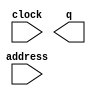
// megafunction wizard: %ROM: 1-PORT%VBB%
// GENERATION: STANDARD
// VERSION: WM1.0
// MODULE: altsyncram 

// ============================================================
// Megafunction Name(s):
// 			altsyncram
//
// Simulation Library Files(s):
// 			altera_mf
// ============================================================
// ************************************************************
// THIS IS A WIZARD-GENERATED FILE. DO NOT EDIT THIS FILE!
//
// 13.0.1 Build 232 06/12/2013 SP 1 SJ Web Edition
// ************************************************************

//Copyright (C) 1991-2013 Altera Corporation
//Your use of Altera Corporation's design tools, logic functions 
//and other software and tools, and its AMPP partner logic 
//functions, and any output files from any of the foregoing 
//(including device programming or simulation files), and any 
//associated documentation or information are expressly subject 
//to the terms and conditions of the Altera Program License 
//Subscription Agreement, Altera MegaCore Function License 
//Agreement, or other applicable license agreement, including, 
//without limitation, that your use is for the sole purpose of 
//programming logic devices manufactured by Altera and sold by 
//Altera or its authorized distributors.  Please refer to the 
//applicable agreement for further details.

module PRG_ROM (
	address,
	clock,
	q);

	input	[11:0]  address;
	input	  clock;
	output	[15:0]  q;
`ifndef ALTERA_RESERVED_QIS
// synopsys translate_off
`endif
	tri1	  clock;
`ifndef ALTERA_RESERVED_QIS
// synopsys translate_on
`endif

endmodule

// ============================================================
// CNX file retrieval info
// ============================================================
// Retrieval info: PRIVATE: ADDRESSSTALL_A NUMERIC "0"
// Retrieval info: PRIVATE: AclrAddr NUMERIC "0"
// Retrieval info: PRIVATE: AclrByte NUMERIC "0"
// Retrieval info: PRIVATE: AclrOutput NUMERIC "0"
// Retrieval info: PRIVATE: BYTE_ENABLE NUMERIC "0"
// Retrieval info: PRIVATE: BYTE_SIZE NUMERIC "8"
// Retrieval info: PRIVATE: BlankMemory NUMERIC "0"
// Retrieval info: PRIVATE: CLOCK_ENABLE_INPUT_A NUMERIC "0"
// Retrieval info: PRIVATE: CLOCK_ENABLE_OUTPUT_A NUMERIC "0"
// Retrieval info: PRIVATE: Clken NUMERIC "0"
// Retrieval info: PRIVATE: IMPLEMENT_IN_LES NUMERIC "0"
// Retrieval info: PRIVATE: INIT_FILE_LAYOUT STRING "PORT_A"
// Retrieval info: PRIVATE: INIT_TO_SIM_X NUMERIC "0"
// Retrieval info: PRIVATE: INTENDED_DEVICE_FAMILY STRING "Cyclone II"
// Retrieval info: PRIVATE: JTAG_ENABLED NUMERIC "0"
// Retrieval info: PRIVATE: JTAG_ID STRING "NONE"
// Retrieval info: PRIVATE: MAXIMUM_DEPTH NUMERIC "0"
// Retrieval info: PRIVATE: MIFfilename STRING "riptide3_snake.mif"
// Retrieval info: PRIVATE: NUMWORDS_A NUMERIC "4096"
// Retrieval info: PRIVATE: RAM_BLOCK_TYPE NUMERIC "0"
// Retrieval info: PRIVATE: RegAddr NUMERIC "1"
// Retrieval info: PRIVATE: RegOutput NUMERIC "0"
// Retrieval info: PRIVATE: SYNTH_WRAPPER_GEN_POSTFIX STRING "0"
// Retrieval info: PRIVATE: SingleClock NUMERIC "1"
// Retrieval info: PRIVATE: UseDQRAM NUMERIC "0"
// Retrieval info: PRIVATE: WidthAddr NUMERIC "12"
// Retrieval info: PRIVATE: WidthData NUMERIC "16"
// Retrieval info: PRIVATE: rden NUMERIC "0"
// Retrieval info: LIBRARY: altera_mf altera_mf.altera_mf_components.all
// Retrieval info: CONSTANT: CLOCK_ENABLE_INPUT_A STRING "BYPASS"
// Retrieval info: CONSTANT: CLOCK_ENABLE_OUTPUT_A STRING "BYPASS"
// Retrieval info: CONSTANT: INIT_FILE STRING "riptide3_snake.mif"
// Retrieval info: CONSTANT: INTENDED_DEVICE_FAMILY STRING "Cyclone II"
// Retrieval info: CONSTANT: LPM_HINT STRING "ENABLE_RUNTIME_MOD=NO"
// Retrieval info: CONSTANT: LPM_TYPE STRING "altsyncram"
// Retrieval info: CONSTANT: NUMWORDS_A NUMERIC "4096"
// Retrieval info: CONSTANT: OPERATION_MODE STRING "ROM"
// Retrieval info: CONSTANT: OUTDATA_ACLR_A STRING "NONE"
// Retrieval info: CONSTANT: OUTDATA_REG_A STRING "UNREGISTERED"
// Retrieval info: CONSTANT: WIDTHAD_A NUMERIC "12"
// Retrieval info: CONSTANT: WIDTH_A NUMERIC "16"
// Retrieval info: CONSTANT: WIDTH_BYTEENA_A NUMERIC "1"
// Retrieval info: USED_PORT: address 0 0 12 0 INPUT NODEFVAL "address[11..0]"
// Retrieval info: USED_PORT: clock 0 0 0 0 INPUT VCC "clock"
// Retrieval info: USED_PORT: q 0 0 16 0 OUTPUT NODEFVAL "q[15..0]"
// Retrieval info: CONNECT: @address_a 0 0 12 0 address 0 0 12 0
// Retrieval info: CONNECT: @clock0 0 0 0 0 clock 0 0 0 0
// Retrieval info: CONNECT: q 0 0 16 0 @q_a 0 0 16 0
// Retrieval info: GEN_FILE: TYPE_NORMAL PRG_ROM.v TRUE
// Retrieval info: GEN_FILE: TYPE_NORMAL PRG_ROM.inc FALSE
// Retrieval info: GEN_FILE: TYPE_NORMAL PRG_ROM.cmp FALSE
// Retrieval info: GEN_FILE: TYPE_NORMAL PRG_ROM.bsf FALSE
// Retrieval info: GEN_FILE: TYPE_NORMAL PRG_ROM_inst.v FALSE
// Retrieval info: GEN_FILE: TYPE_NORMAL PRG_ROM_bb.v TRUE
// Retrieval info: LIB_FILE: altera_mf